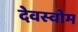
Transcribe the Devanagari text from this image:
देवस्‍वोम